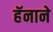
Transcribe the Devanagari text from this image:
हॅनाने